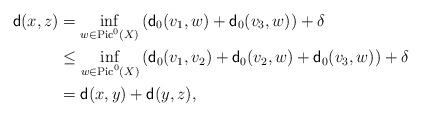
LaTeX: \begin{align*}\mathsf{d} (x,z) &= \inf_{w \in {\rm Pic}^0(X)} \left( \mathsf{d}_{0} (v_1 , w ) + \mathsf{d}_{0} (v_3,w) \right) + \delta \\&\le \inf_{w \in {\rm Pic}^0(X)} \left( \mathsf{d}_{0} (v_1 , v_2 ) + \mathsf{d}_{0} (v_2 , w ) + \mathsf{d}_{0} (v_3,w) \right) + \delta \\&=\mathsf{d} (x,y) + \mathsf{d} (y,z),\end{align*}